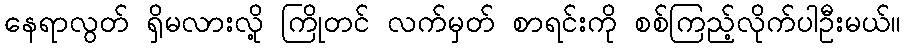
နေရာလွတ် ရှိမလားလို့ ကြိုတင် လက်မှတ် စာရင်းကို စစ်ကြည့်လိုက်ပါဦးမယ်။